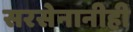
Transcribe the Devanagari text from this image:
सरसेनानीही